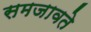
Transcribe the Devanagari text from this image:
समजावते